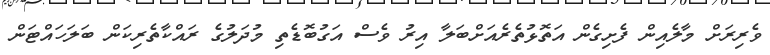
ވެރިރަށް މާލެއިން ފެށިގެން އަތޮޅުތެރެއަށްބަލާ އިރު ވެސް އަގުބޮޑެތި މުދަލުގެ ރައްކާތެރިކަން ބަލަހައްޓަން